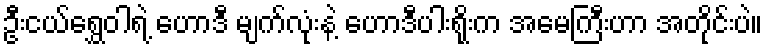
ဦးငယ်ရွှေဝါရဲ့ ဟောဒီ မျက်လုံးနဲ့ ဟောဒီပါးရိုးက အမေကြီးဟာ အတိုင်းပဲ။